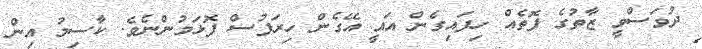
ދުވަސްވީ ޒާތުގެ ފޮތެއް ހިފައިގެން އައީ އޭގެން ހިރަފުސް ފޮޅަމުންނެވެ. ކާސިމު އިން